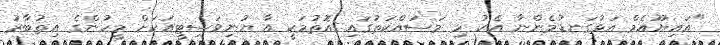
"އައިޔޫއެމް އަޅުގަނޑުމެންނާ އެކު މި މަސައްކަތުގައި އޮތުމަކީ އާ ޔުނިވަސިޓީއަކަށް މީހުންގެ އިތުބާރު